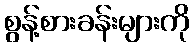
စွန့်စားခန်းများကို